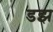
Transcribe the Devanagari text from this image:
डझ